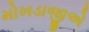
મોખડાજીએ